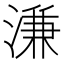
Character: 溓